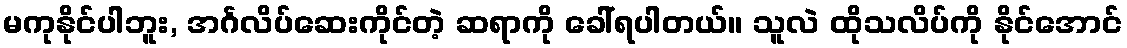
မကုနိုင်ပါဘူး, အင်္ဂလိပ်ဆေးကိုင်တဲ့ ဆရာကို ခေါ်ရပါတယ်။ သူလဲ ထိုသလိပ်ကို နိုင်အောင်